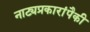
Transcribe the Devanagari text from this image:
नाट्यप्रकारांपैकी